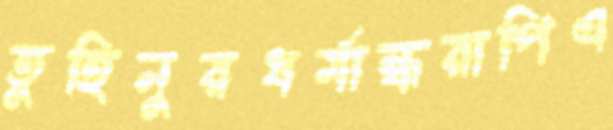
তুহিনুরধর্মান্ধরাপিএ